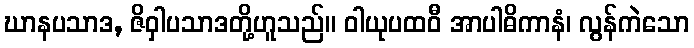
ဃာနပသာဒ, ဇိဝှါပသာဒတို့ဟူသည်။ ဝါယုပထဝီ အာပါဓိကာနံ၊ လွန်ကဲသော